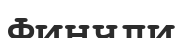
Финчли